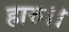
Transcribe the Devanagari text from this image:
हारु।।